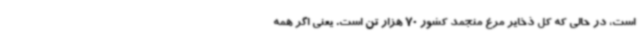
است، در حالی که کل ذخایر مرغ منجمد کشور 70 هزار تن است. یعنی اگر همه